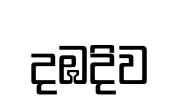
දඹදිව